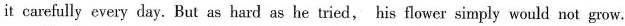
it carefully every day. But as hard as he tried, his flower simply would not grow.